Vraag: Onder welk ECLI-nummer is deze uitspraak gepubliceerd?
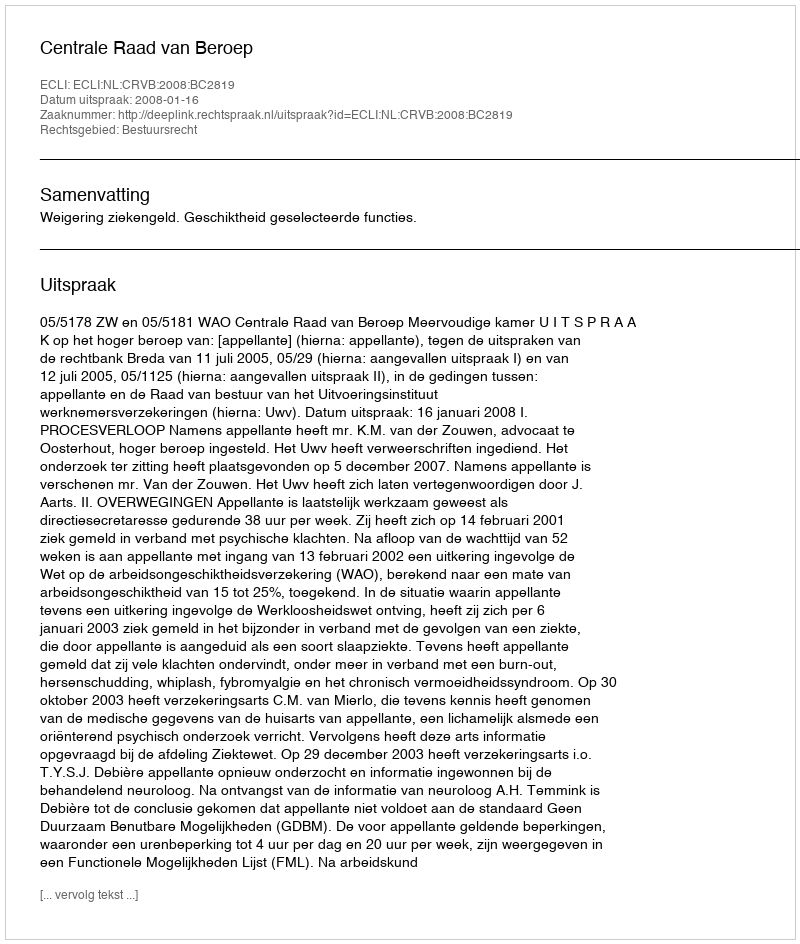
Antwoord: ECLI:NL:CRVB:2008:BC2819